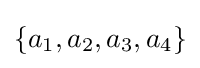
\{a_{1},a_{2},a_{3},a_{4}\}